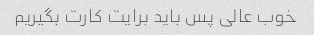
خوب عالی پس باید برایت کارت بگیریم